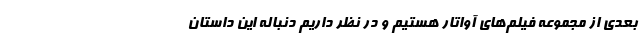
بعدی از مجموعه فیلم‌های آواتار هستیم و در نظر داریم دنباله این داستان